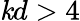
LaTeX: \mathit{k}d>4